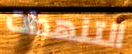
التنهدات